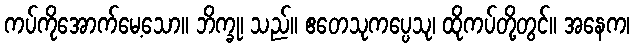
ကပ်ကိုအောက်မေ့သော။ ဘိက္ခု၊ သည်။ ဧတေသုကပ္ပေသု၊ ထိုကပ်တို့တွင်။ အနေက၊